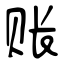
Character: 账